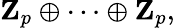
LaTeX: \mathbf{Z}_{p}\oplus\cdots\oplus\mathbf{Z}_{p},